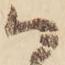
ハ